Pusta,_Kaarel_Robert, lk 46
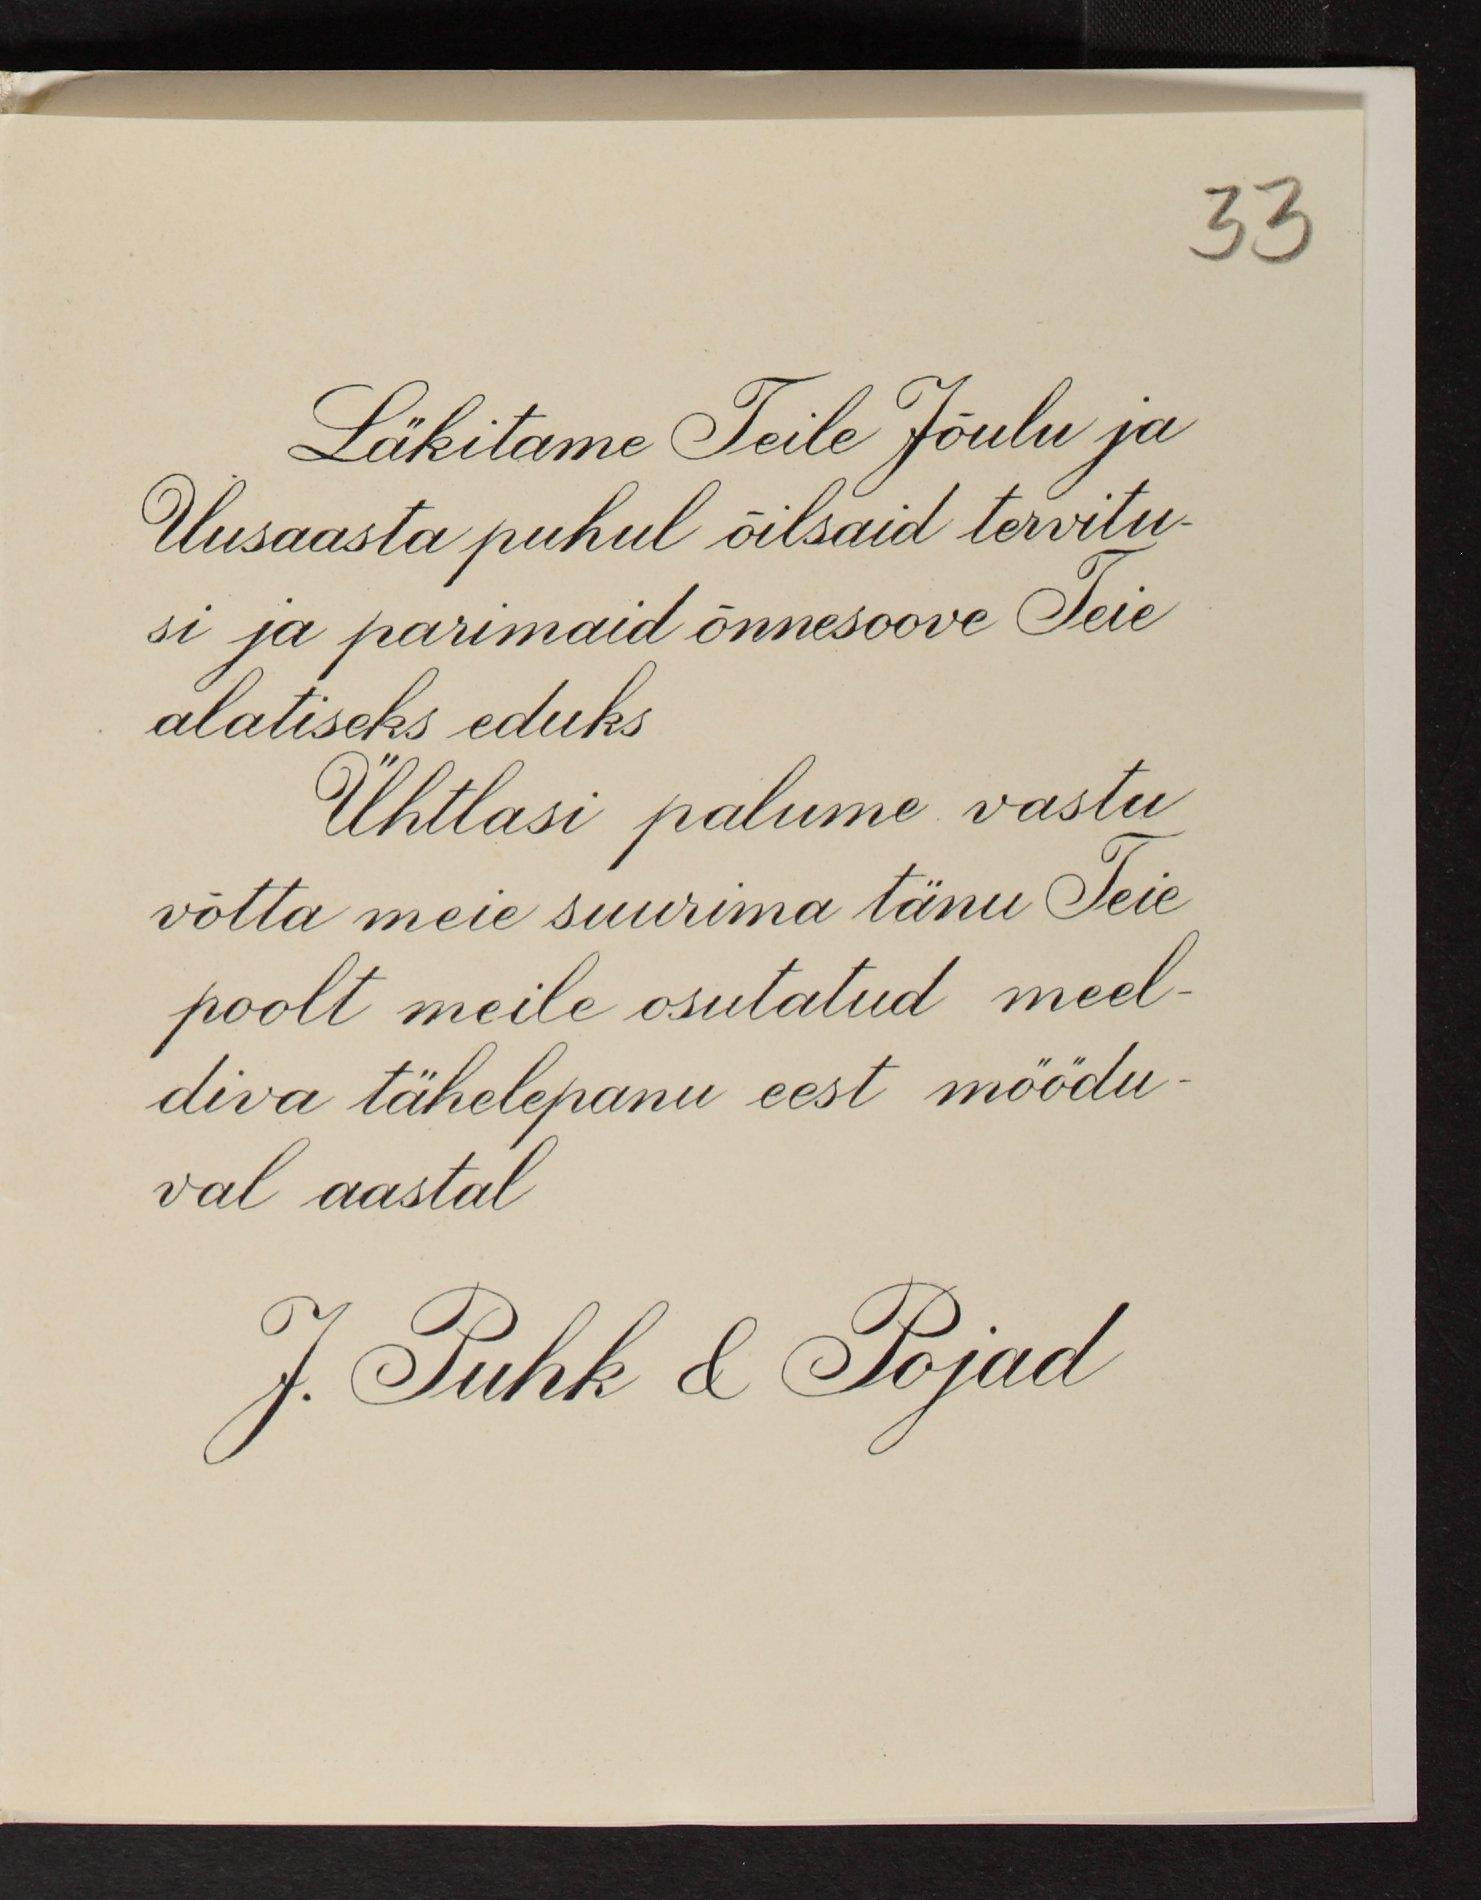
33

Läkitame Teile Jõulu ja
Uusaasta puhul õilsaid tervitu-
si ja parimaid õnnesoove Teie
alatiseks eduks
Ühtlasi palume vastu
võtta meie suurima tänu Teie
poolt meile osutatud meel-
diva tähelepanu eest möödu-
val aastal
J. Puhk & Pojad